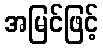
အမြင်ဖြင့်